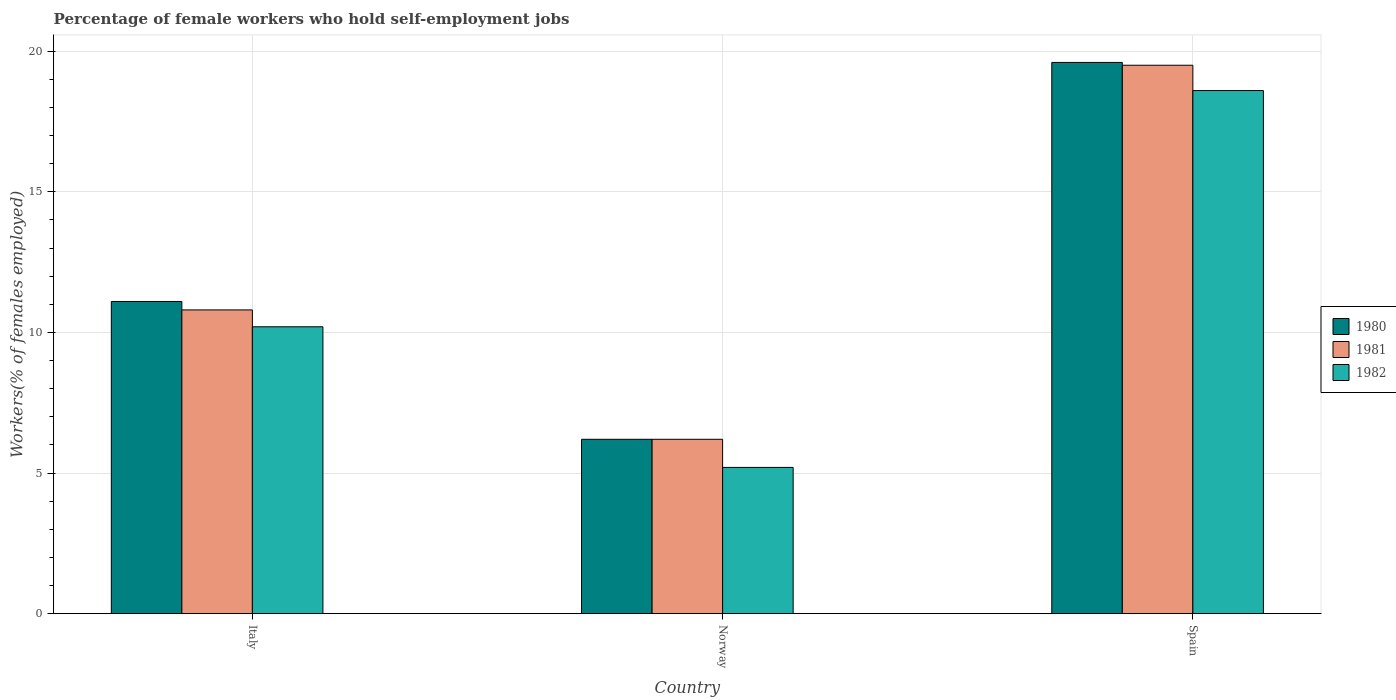
| Country | 1980 | 1981 | 1982 |
 | --- | --- | --- | --- |
 | Italy | 11.1 | 10.8 | 10.2 |
 | Norway | 6.2 | 6.2 | 5.2 |
 | Spain | 19.6 | 19.5 | 18.6 |